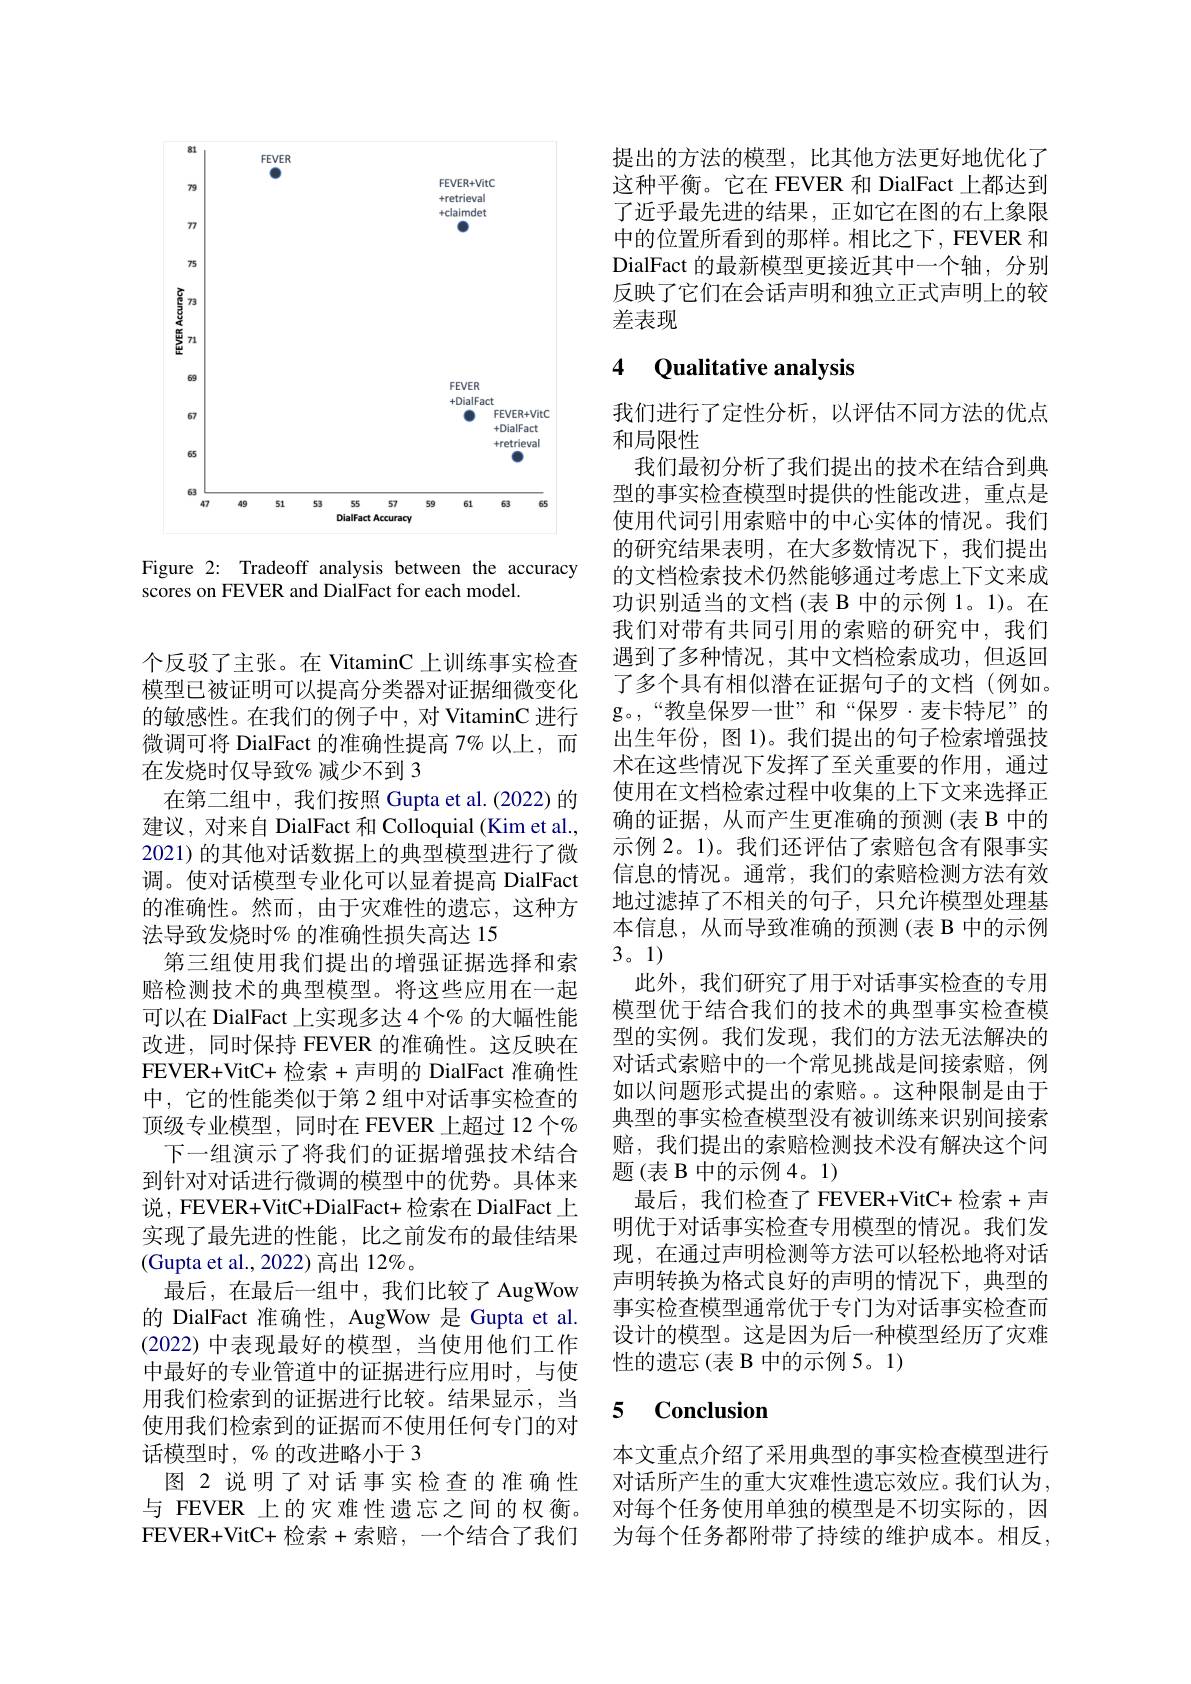
<FigureHere>

Figure 2: Tradeoff analysis between the accuracy
scores on FEVER and DialFact for each model.

个反驳了主张。在 VitaminC 上训练事实检查模型已被证明可以提高分类器对证据细微变化的敏感性。在我们的例子中，对 VitaminC 进行微调可将 DialFact 的准确性提高 7% 以上，而在发烧时仅导致%减少不到 3
在第二组中，我们按照 Gupta et al.(2022) 的建议，对来自 DialFact 和 Colloquial (Kim et al., 2021) 的其他对话数据上的典型模型进行了微调。使对话模型专业化可以显着提高 DialFact 的准确性。然而，由于灾难性的遗忘，这种方法导致发烧时% 的准确性损失高达 15
第三组使用我们提出的增强证据选择和索赔检测技术的典型模型。将这些应用在一起可以在 DialFact 上实现多达 4 个% 的大幅性能改进，同时保持 FEVER 的准确性。这反映在FEVER+VitC+ 检索 +声明的 DialFact 准确性中，它的性能类似于第 2 组中对话事实检查的顶级专业模型，同时在 FEVER 上超过 12 个$o$
下一组演示了将我们的证据增强技术结合到针对对话进行微调的模型中的优势。具体来说，FEVER+VitC+DialFact+ 检索在 DialFact 上实现了最先进的性能，比之前发布的最佳结果(Gupta et al., 2022) 高出 12%。
最后，在最后一组中，我们比较了AugWow 的 DialFact 准确性，AugWow 是 Gupta et al. (2022)中表现最好的模型，当使用他们工作中最好的专业管道中的证据进行应用时，与使用我们检索到的证据进行比较。结果显示，当使用我们检索到的证据而不使用任何专门的对话模型时，% 的改进略小于 3
图 2 说明了对话事实检查的准确性与 FEVER 上的灾难性遗忘之间的权衡。FEVER+VitC+ 检索+索赔，一个结合了我们

提出的方法的模型，比其他方法更好地优化了这种平衡。它在 FEVER 和 DialFact 上都达到了近乎最先进的结果，正如它在图的右上象限中的位置所看到的那样。相比之下，FEVER 和DialFact 的最新模型更接近其中一个轴，分别反映了它们在会话声明和独立正式声明上的较差表现

## 4 Qualitative analysis

我们进行了定性分析，以评估不同方法的优点
和局限性
我们最初分析了我们提出的技术在结合到典型的事实检查模型时提供的性能改进，重点是使用代词引用索赔中的中心实体的情况。我们的研究结果表明，在大多数情况下，我们提出的文档检索技术仍然能够通过考虑上下文来成功识别适当的文档(表 B 中的示例 1。1)。在我们对带有共同引用的索赔的研究中，我们遇到了多种情况，其中文档检索成功，但返回了多个具有相似潜在证据句子的文档(例如。g。“教皇保罗一世”和“保罗·麦卡特尼”的出生年份，图 1)。我们提出的句子检索增强技术在这些情况下发挥了至关重要的作用，通过使用在文档检索过程中收集的上下文来选择正确的证据，从而产生更准确的预测(表 B 中的示例 2。1)。我们还评估了索赔包含有限事实信息的情况。通常，我们的索赔检测方法有效地过滤掉了不相关的句子，只允许模型处理基本信息，从而导致准确的预测(表 B 中的示例3。1)
此外，我们研究了用于对话事实检查的专用模型优于结合我们的技术的典型事实检查模型的实例。我们发现，我们的方法无法解决的对话式索赔中的一个常见挑战是间接索赔，例如以问题形式提出的索赔。。这种限制是由于典型的事实检查模型没有被训练来识别间接索赔，我们提出的索赔检测技术没有解决这个问题(表 B 中的示例 4。1)
最后，我们检查了 FEVER+VitC+检索+声明优于对话事实检查专用模型的情况。我们发现，在通过声明检测等方法可以轻松地将对话声明转换为格式良好的声明的情况下，典型的事实检查模型通常优于专门为对话事实检查而设计的模型。这是因为后一种模型经历了灾难性的遗忘(表 B 中的示例 5。1)

### 5 $\mathbf{Conclusion}$

本文重点介绍了采用典型的事实检查模型进行对话所产生的重大灾难性遗忘效应。我们认为， 对每个任务使用单独的模型是不切实际的，因为每个任务都附带了持续的维护成本。相反，